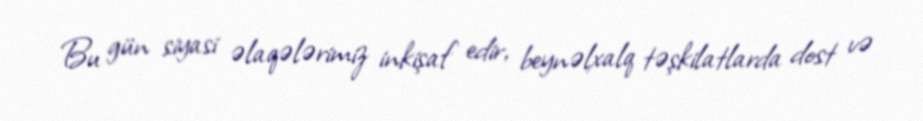
Bu gün siyasi əlaqələrimiz inkişaf edir, beynəlxalq təşkilatlarda dost və